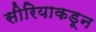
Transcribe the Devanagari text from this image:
सीरियाकडून